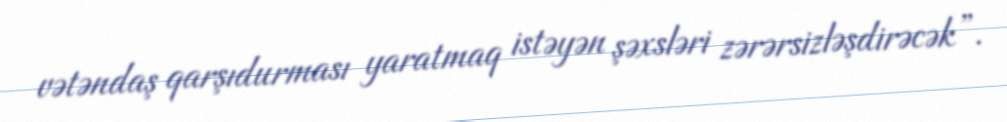
vətəndaş qarşıdurması yaratmaq istəyən şəxsləri zərərsizləşdirəcək”.